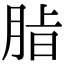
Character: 𮌖